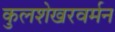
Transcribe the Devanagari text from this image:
कुलशेखरवर्मन